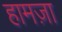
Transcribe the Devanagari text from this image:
हामज़ा